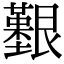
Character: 𦫒